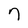
Character: 7